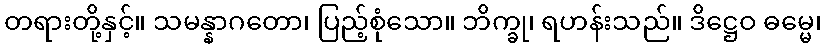
တရားတို့နှင့်။ သမန္နာဂတော၊ ပြည့်စုံသော။ ဘိက္ခု၊ ရဟန်းသည်။ ဒိဋ္ဌေဝ ဓမ္မေ၊